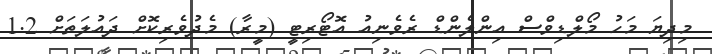
މިދިޔަ މަހު މޯލްޑިވްސް އިންލެންޑް ރެވެނިއު އޮޓޯރިޓީ (މީރާ) މެދުވެރިކޮށް ދައުލަތަށް 1.2